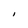
Character: I